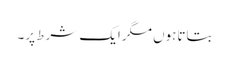
بتاتاہوں مگرایک شرط پر۔